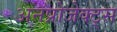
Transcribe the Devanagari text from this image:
अनप्रोजेक्ट्स